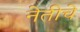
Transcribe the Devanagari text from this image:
नेतीचे